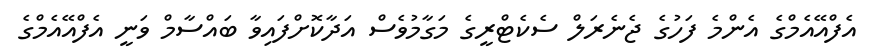
އެފްއޭއެމްގެ އެންމެ ފަހުގެ ޖެނެރަލް ސެކެޓްރީގެ މަގާމުވެސް އަދާކޮށްފައިވާ ބައްސާމް ވަނީ އެފްއޭއެމްގެ